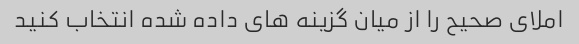
املای صحیح را از میان گزینه های داده شده انتخاب کنید